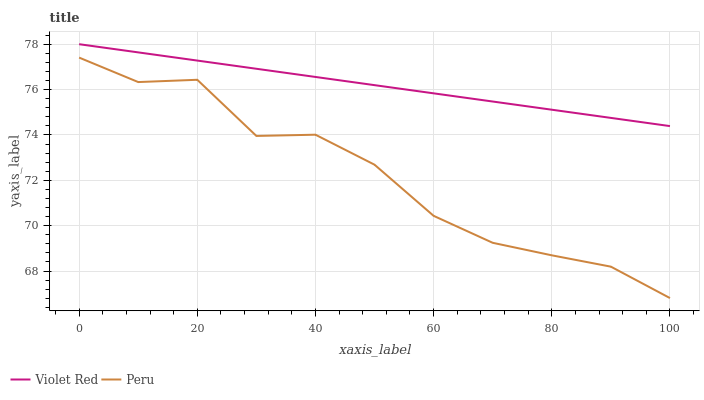
| xaxis_label | Violet Red | Peru |
 | --- | --- | --- |
 | 0 | 78 | 77.4 |
 | 10 | 77.6 | 76.3 |
 | 20 | 77.3 | 76.4 |
 | 30 | 76.9 | 74 |
 | 40 | 76.6 | 74 |
 | 50 | 76.2 | 72.7 |
 | 60 | 75.8 | 70.4 |
 | 70 | 75.5 | 69.2 |
 | 80 | 75.1 | 68.7 |
 | 90 | 74.8 | 68.2 |
 | 100 | 74.4 | 66.8 |